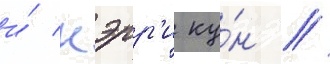
и́ кэрр'и ку́н //